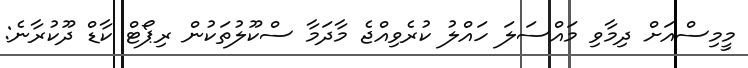
މީމިސްއަށް ދިމާވި މައްސަލަ ހައްލު ކުރެވިއްޖެ މާދަމާ ސްކޫލުތަކުން ރިޕޯޓް ކާޑް ދޫކުރާނެ: